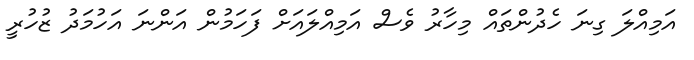
އަމިއްލަ ގިނަ ހެދުންތައް މިހާރު ވެސް އަމިއްލައަށް ފަހަމުން އަންނަ އަހުމަދު ޒުހުރީ